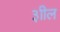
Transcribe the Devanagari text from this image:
३ाील